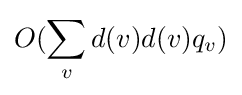
O(\sum _{v}d(v)d(v)q_{v})